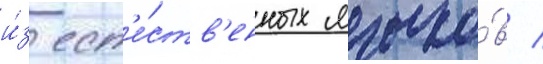
и́з ест'е́ств'енных языко́в /